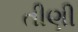
તીણી